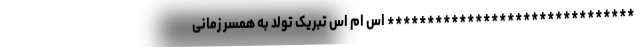
******************************* اس ام اس تبریک تولد به همسر زمانی